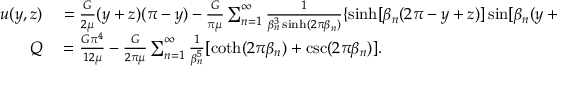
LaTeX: \begin{array} { r l } { u ( y , z ) } & { { } = { \frac { G } { 2 \mu } } ( y + z ) ( \pi - y ) - { \frac { G } { \pi \mu } } \sum _ { n = 1 } ^ { \infty } { \frac { 1 } { \beta _ { n } ^ { 3 } \sinh ( 2 \pi \beta _ { n } ) } } \{ \sinh [ \beta _ { n } ( 2 \pi - y + z ) ] \sin [ \beta _ { n } ( y + z ) ] - \sinh [ \beta _ { n } ( y + z ) ] \sin [ \beta _ { n } ( y - z ) ] \} , \quad \beta _ { n } = n - { \frac { 1 } { 2 } } , } \\ { Q } & { { } = { \frac { G \pi ^ { 4 } } { 1 2 \mu } } - { \frac { G } { 2 \pi \mu } } \sum _ { n = 1 } ^ { \infty } { \frac { 1 } { \beta _ { n } ^ { 5 } } } [ \coth ( 2 \pi \beta _ { n } ) + \csc ( 2 \pi \beta _ { n } ) ] . } \end{array}